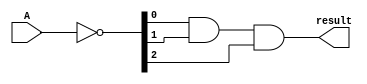
module nand3_1(
input [2:0]A,
output result
);

wire [2:0]tmp;
wire and0;

assign tmp=~A;
assign and0=tmp[0]&tmp[1];
assign result=and0&tmp[2];
 
endmodule